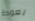
بعودة